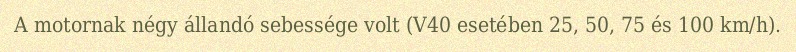
A motornak négy állandó sebessége volt (V40 esetében 25, 50, 75 és 100 km/h).